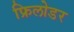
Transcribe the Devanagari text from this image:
फ्रिलोडर